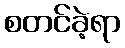
စတင်ခဲ့ရာ